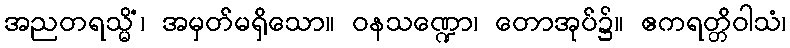
အညတရသ္မိံ၊ အမှတ်မရှိသော။ ဝနသဏ္ဍော၊ တောအုပ်၌။ ဧကရတ္တိဝါသံ၊